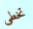
تخطى